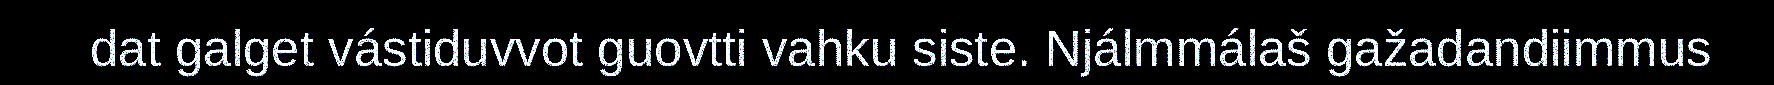
dat galget vástiduvvot guovtti vahku siste. Njálmmálaš gažadandiimmus